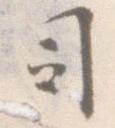
司